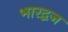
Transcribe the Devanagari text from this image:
भारद्वज